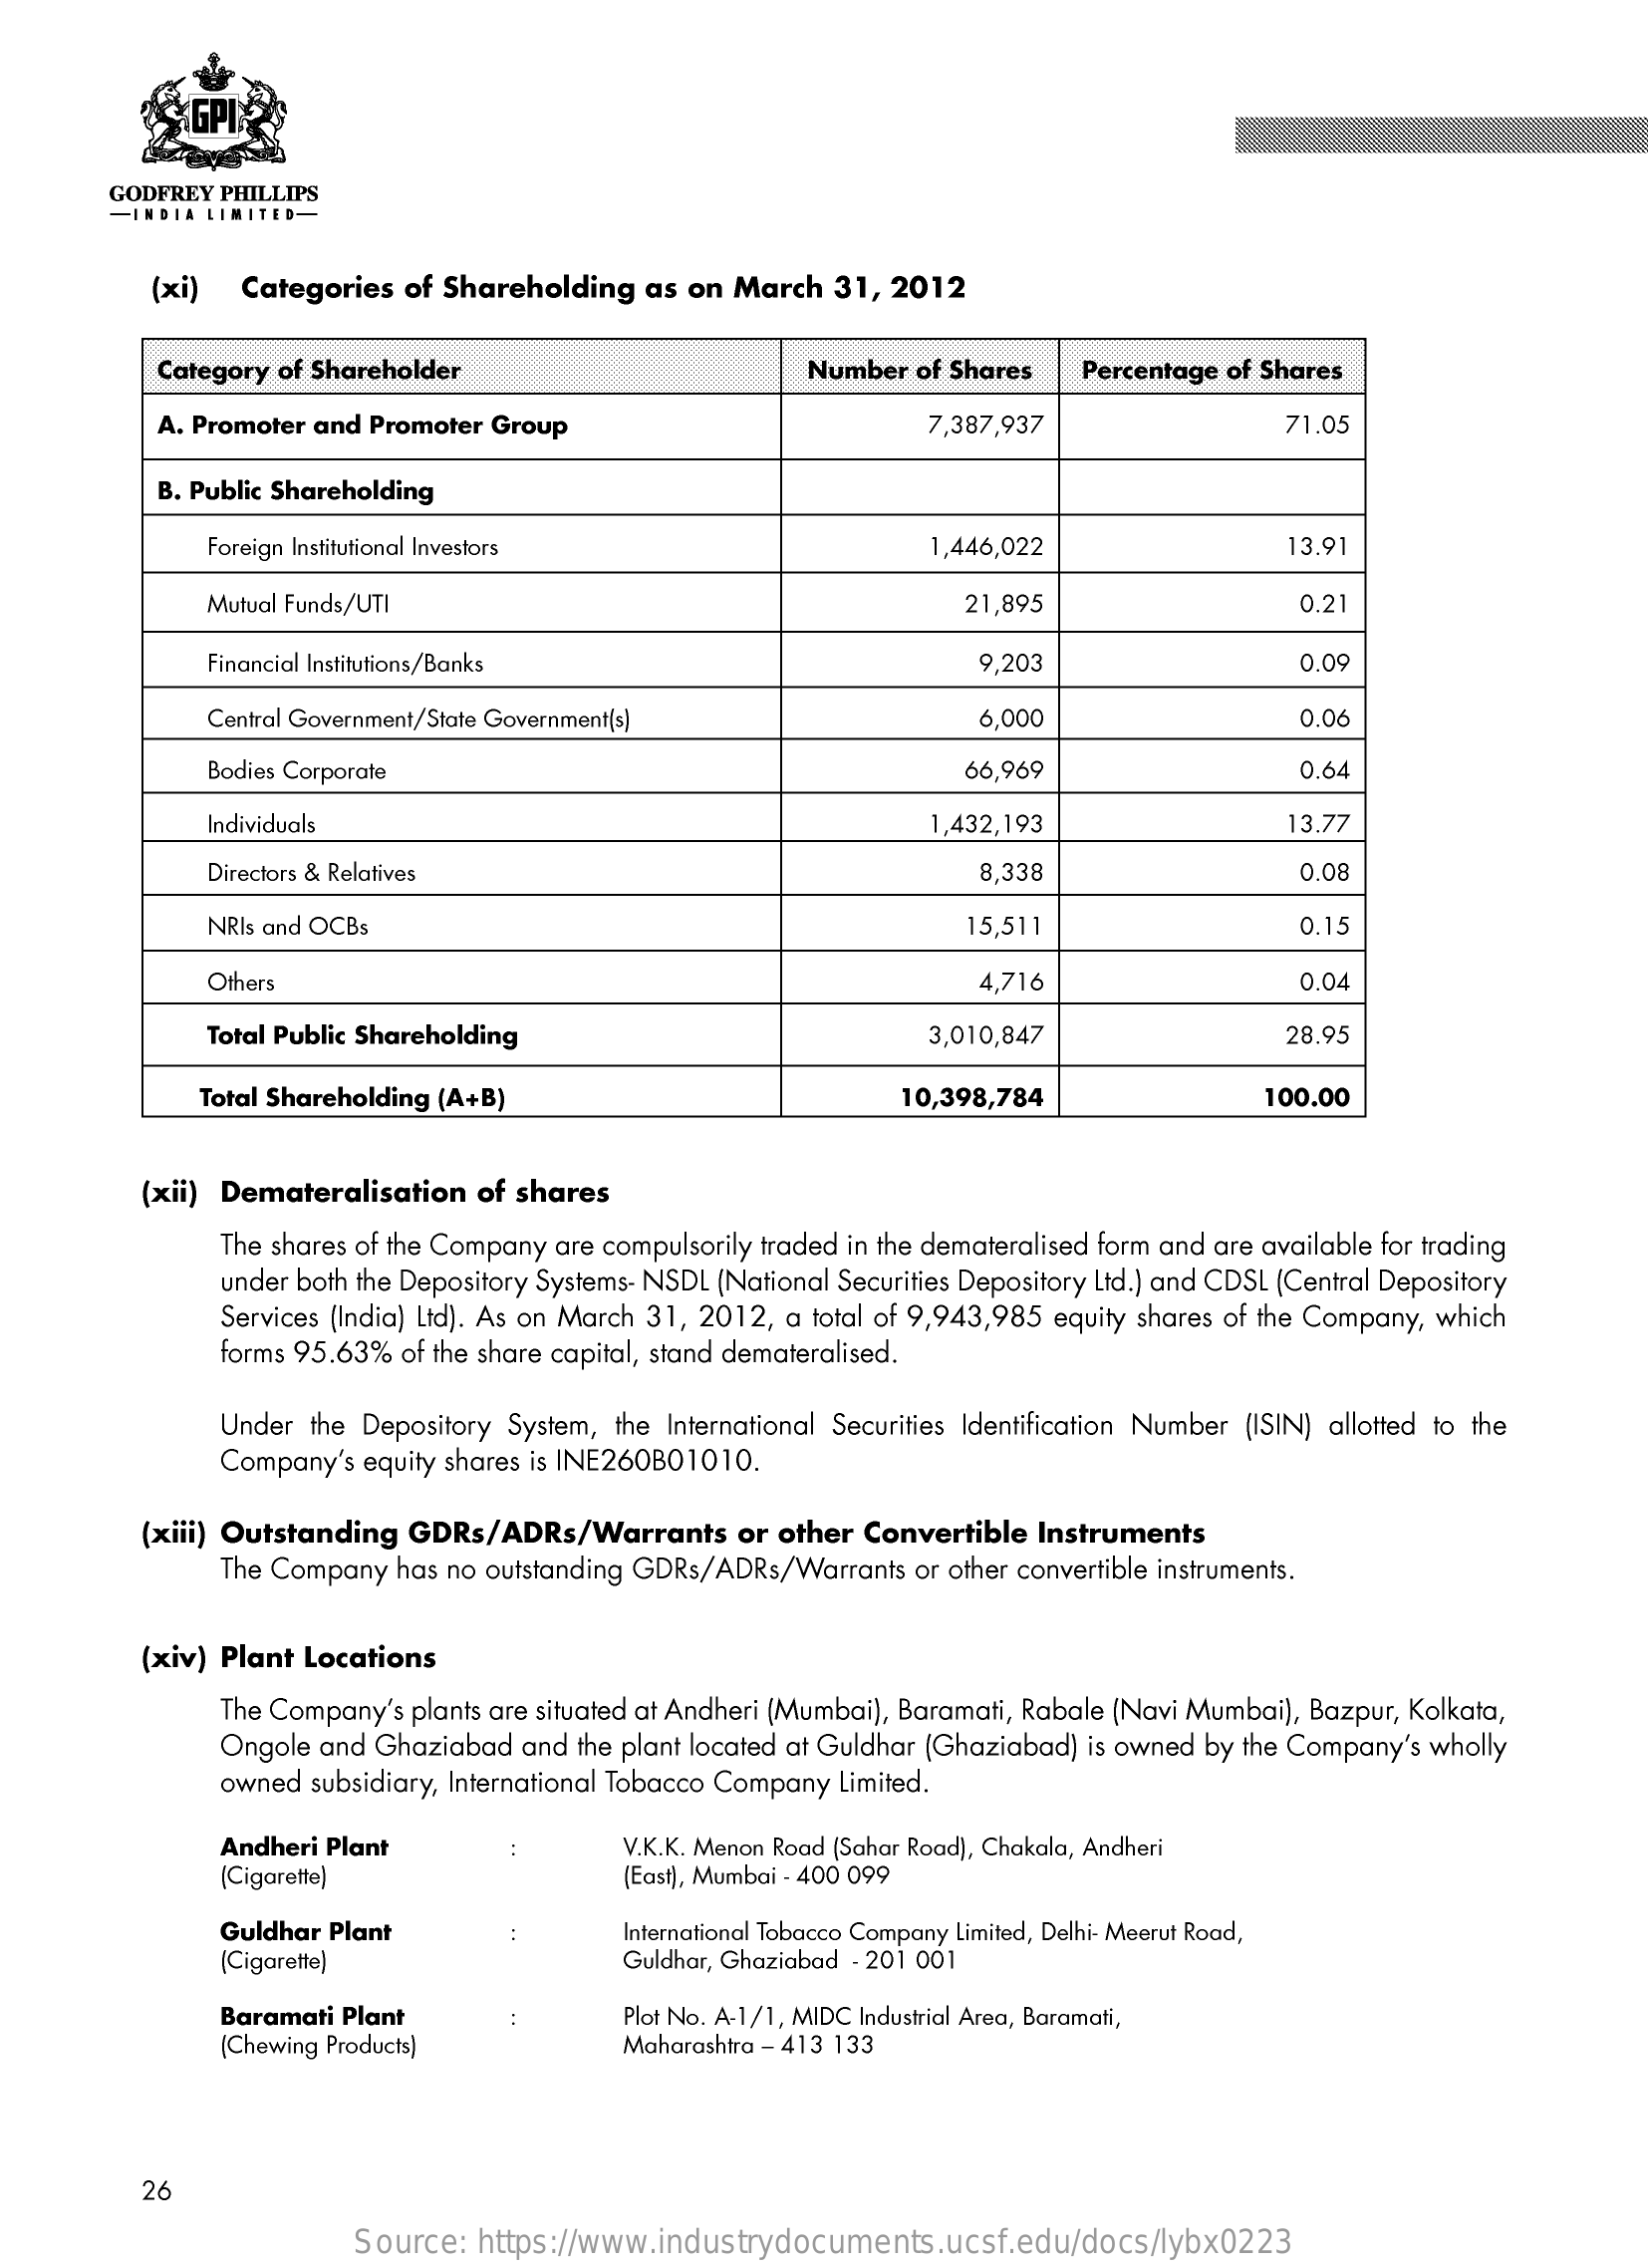
GODFREY PHILLIPS
     -INDIA LIMITED-
     (xi)  Categories  of Shareholding  as  on March  31, 2012
     Category of Shareholder    Number  of Shares   Percentage of Shares
     A. Promoter and Promoter Group    7,387,937    71.05
     B. Public Shareholding
     Foreign Institutional Investors    1,446,022    13.91
     Mutual Funds/UTI    21,895    0.2
     Financial Institutions/Banks    9,203    0.09
     Central Government/State Government(s)    6,000    0.06
     Bodies Corporate    66,969    0.64
     Individuals    1,432,193    13.77
     Directors & Relatives    8,338    0.08
     NRIs and OCBs    15,511    0.15
     Others    4,716    0.04
     Total Public Shareholding    3,010,847    28.95
     Total Shareholding (A+B)    10,398,784    100.00
     (xii) Demateralisation  of shares
     The shares of the Company are compulsorily traded in the demateralised form and are available for trading
     under both the Depository Systems- NSDL (National Securities Depository Lid.) and CDSL (Central Depository
     Services (India) Ltd). As on March 31, 2012, a total of 9,943,985 equity shares of the Company, which
     forms 95.63% of the share capital, stand demateralised.
     Under the Depository System, the International Securities Identification Number (ISIN) allotted to the
     Company's equity shares is INE260B01010.
     (xiii) Outstanding GDRs/ADRs/Warrants    or other Convertible  Instruments
     The Company  has no outstanding GDRs/ADRs/Warrants or other convertible instruments.
     (xiv) Plant Locations
     The Company's plants are situated at Andheri (Mumbai), Baramati, Rabale (Navi Mumbai), Bazpur, Kolkata,
     Ongole and Ghaziabad  and the plant located at Guldhar (Ghaziabad) is owned by the Company's wholly
     owned subsidiary, International Tobacco Company Limited.
     Andheri Plant
     (Cigarette)
     V.K.K. Menon Road (Sahar Road), Chakala, Andheri
     (East), Mumbai - 400 099
     Guldhar Plant
     (Cigarette)
     International Tobacco Company Limited, Delhi- Meerut Road,
     Guldhar, Ghaziabad - 201 001
     Baramati Plant
     Chewing Products)
     Plot No. A-1/1, MIDC Industrial Area, Baramati,
     Maharashtra - 413 133
     26
     Source:  https://www.industrydocuments.ucsf.edu/docs/lybx0223